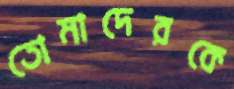
তোমাদেরকে